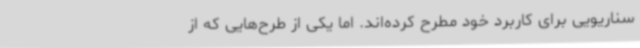
سناریویی برای کاربرد خود مطرح کرده‌اند. اما یکی از طرح‌هایی که از